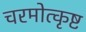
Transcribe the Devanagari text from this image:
चरमोत्कृष्ट